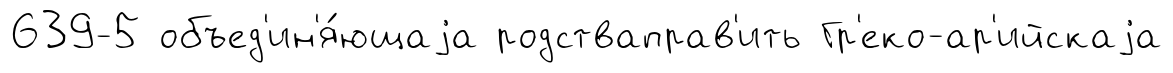
639-5 объед'ин'я́ющаjа родстваправ'ить Гр'еко-ар'ийскаjа